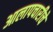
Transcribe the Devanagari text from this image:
आलापचारीचे